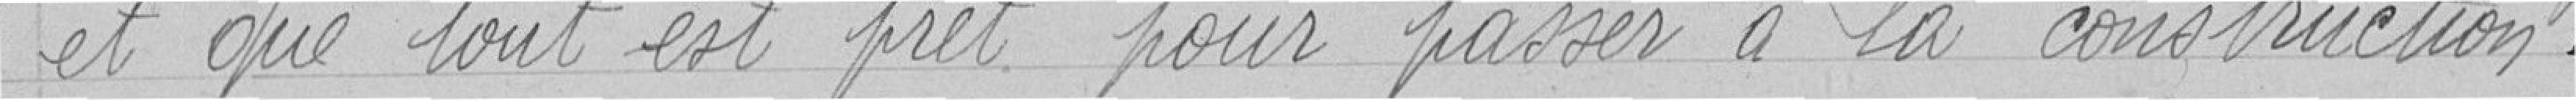
et que tout être prêt pour passer à la construction